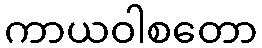
ကာယဝါစတော